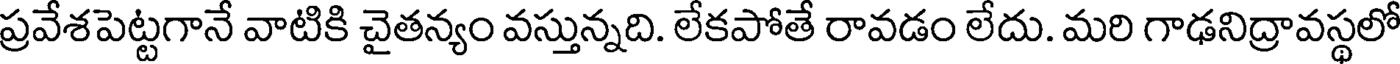
ప్రవేశపెట్టగానే వాటికి చైతన్యం వస్తున్నది. లేకపోతే రావడం లేదు. మరి గాఢనిద్రావస్థలో